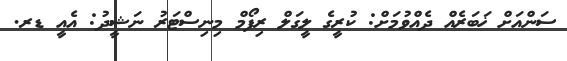
ސަންއަށް ޚަބަރެއް ދެއްވުމަށް: ކުރީގެ ލީގަލް ރިފޯމް މިނިސްޓަރު ނަޝީދު: އެއީ ޑރ.